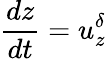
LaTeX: \frac{dz}{dt}=u_{z}^{\delta}